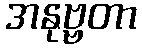
အနုဗ္ဗတာ